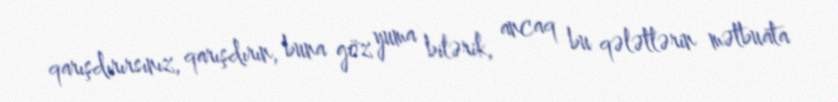
qarışdırırsınız, qarışdırın, buna göz yuma bilərik, ancaq bu qələtlərin mətbuata